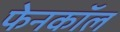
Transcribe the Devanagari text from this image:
फेनकॉल